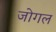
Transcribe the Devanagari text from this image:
जोगल